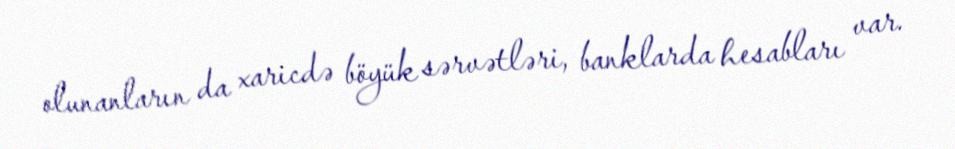
olunanların da xaricdə böyük sərvətləri, banklarda hesabları var.